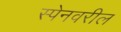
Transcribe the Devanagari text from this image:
स्पेनवरील